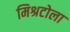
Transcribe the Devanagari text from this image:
मिश्रटोला